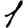
Digit: 1